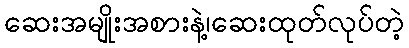
ဆေးအမျိုးအစားနဲ့၊ဆေးထုတ်လုပ်တဲ့